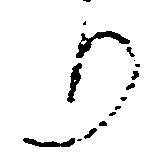
り